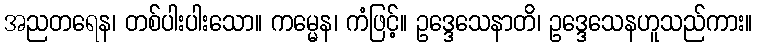
အညတရေန၊ တစ်ပါးပါးသော။ ကမ္မေန၊ ကံဖြင့်။ ဥဒ္ဒေသေနာတိ၊ ဥဒ္ဒေသေနဟူသည်ကား။